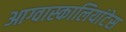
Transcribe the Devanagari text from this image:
आग्वास्कालियांटेस